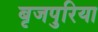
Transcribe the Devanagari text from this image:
बृजपुरिया